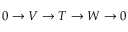
0 \to V \to T \to W \to 0